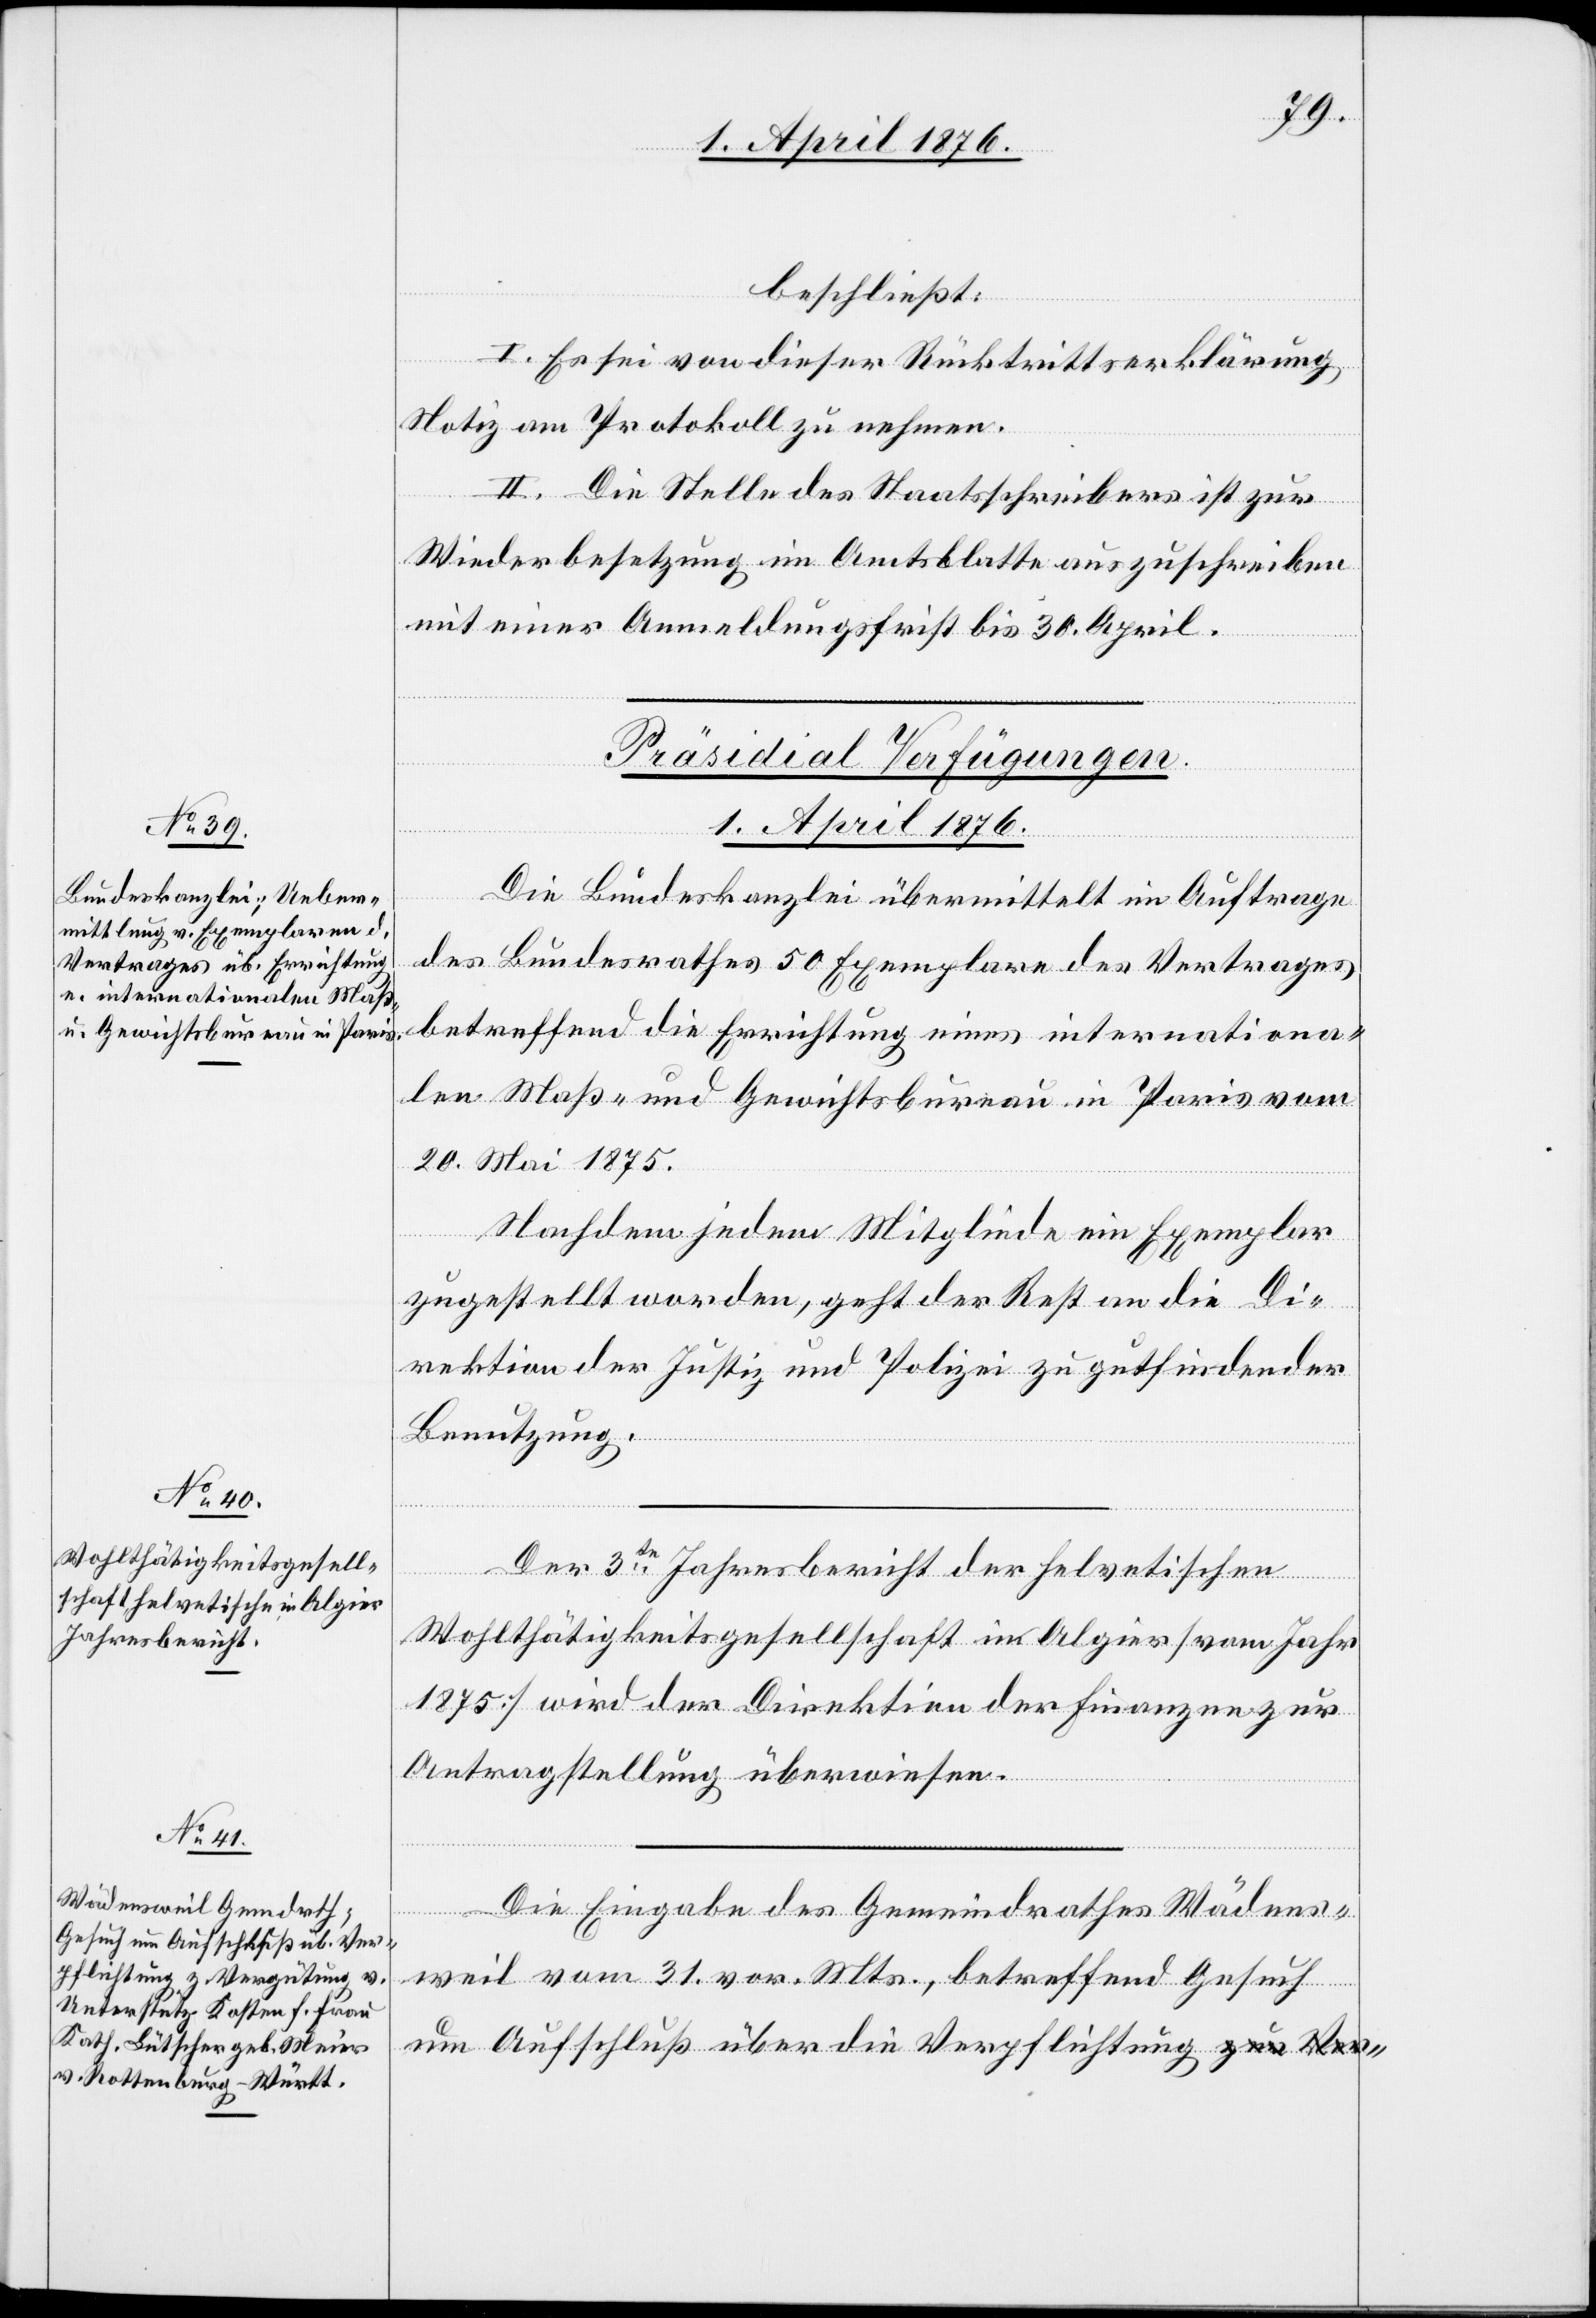
1. April 1876.]
beschließt:
I. Es sei von dieser Rücktrittserklärung
Notiz am Protokoll zu nehmen.
II. Die Stelle des Staatsschreibers ist zur
Wiederbesetzung im Amtsblatte auszuschreiben
mit einer Anmeldungsfrist bis 30. April.
[Präsidial Verfügungen.
um
die
Die Bundeskanzlei übermittelt im Auftrage
des Bundesrathes 50 Exemplare des Vertrages
betreffend die Errichtung eines internationa¬
len Maß- und Gewichtsbureau in Paris vom
20. Mai 1875.
Nachdem jedem Mitgliede ein Exemplar
zugestellt worden, geht der Rest an die Di¬
rektion der Justiz und Polizei zu gutfindender
Benutzung.
Der 3te Jahresbericht der helvetischen
Wohltätigkeitsgesellschaft in Algier [vom Jahr
1875] wird der Direktion der Finanzen zur
Antragstellung überwiesen.
Die Eingabe des Gemeindrathes Wädens¬
weil vom 31. vor. Mts., betreffend Gesuch